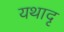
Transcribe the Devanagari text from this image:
यथादृ